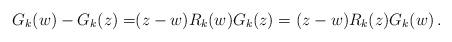
LaTeX: \begin{align*}G_k(w)-G_k(z)=&(z-w)R_{k}(w)G_k(z)=(z-w)R_{k}(z)G_k(w)\,.\end{align*}